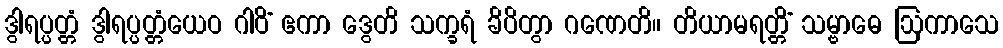
ဒွါရပ္ပတ္တံ ဒွါရပ္ပတ္တံယေဝ ဂါဝိံ ဧကာ ဒွေတိ သက္ခရံ ခိပိတွာ ဂဏေတိ။ တိယာမရတ္တိံ သမ္ဗာဓေ ဩကာသေ